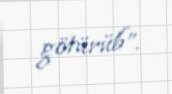
götürüb”.